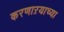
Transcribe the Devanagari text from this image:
करणाऱयाच्या